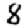
Digit: 8